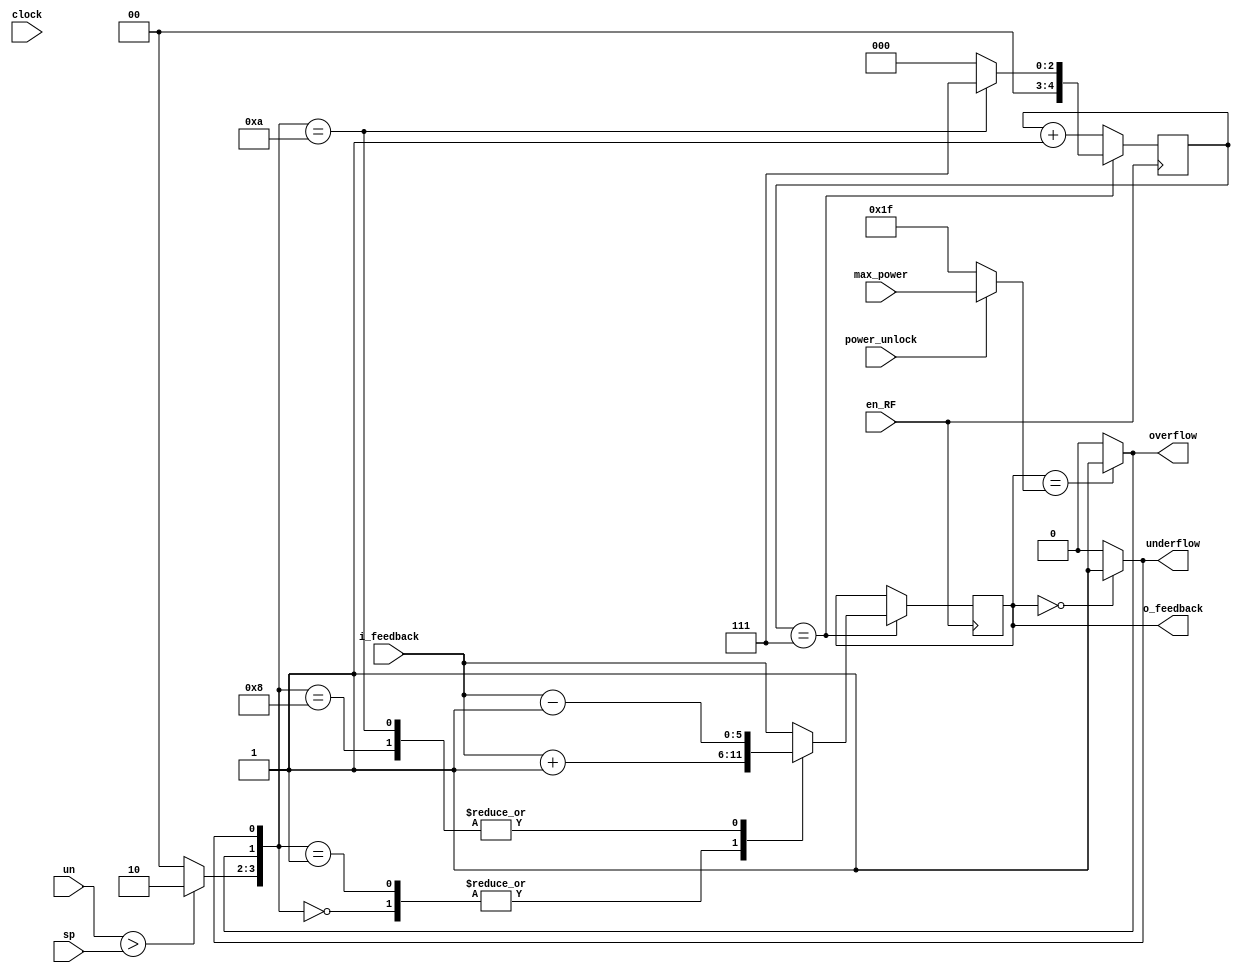
module jh_feedback(
	input							clock,
	input							en_RF,
	input 			[5:0]		max_power,
	input							power_unlock,
	input				[15:0] 	sp,			// setting point
	input				[15:0] 	un,			// process value
	input				[5:0]		i_feedback,		//current feedback value
	output			[5:0] 	o_feedback,			// feedback output
	output						overflow,
	output 						underflow
);
	wire  [5:0] 	time_delay;
	wire  [5:0]		power_max;
	wire	[2:0]	  	comp_spNun;
	reg 	[3:0] 	state_lookup;
	reg  	[5:0] 	temp_feedback;
	reg	[4:0]		timer_counter;
	
	assign time_delay = 5'b00111;
	
	always @ (posedge en_RF)		//state change when the flag is changed
	begin
		if(timer_counter == time_delay) begin
			state_lookup = {comp_spNun, overflow, underflow};
			case(state_lookup)				
				4'b0000: temp_feedback <= i_feedback + 6'b1;	// current temp. > target temp.
				4'b0001: temp_feedback <= i_feedback + 6'b1;	//	current temp. < target temp. & underflow
				4'b1000: temp_feedback <= i_feedback - 6'b1;	//	current temp. > target temp.
				4'b1010: temp_feedback <= i_feedback - 6'b1;	// current temp. > target temp. & overflow
				default: temp_feedback <= i_feedback;
			endcase	
			case(state_lookup)
				//4'b0001: timer_counter <= (time_delay >> 1);	//	current temp. < target temp. & underflow
				4'b1010: timer_counter <= time_delay;			// current temp. > target temp. & overflow
				default: timer_counter <= 0;
			endcase	
		end
		else timer_counter <= timer_counter + 5'b1;
	end
	
	assign comp_spNun = (un > sp) ? 2'b10 :
							  (un > sp) ? 2'b01 : 2'b00 ;
	assign power_max = power_unlock ? max_power : 6'b01_1111;
	assign overflow = (temp_feedback == power_max) ? 1 : 0;
	assign underflow = (temp_feedback == 6'b0) ? 1: 0;
	
	assign o_feedback = temp_feedback;

endmodule